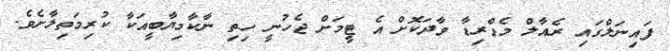
ފައިނަލްގައި ރެއާލް މެޑްރިޑާ ވާދަކޮށް އެ ޓީމަށް ޖެހުނީ ހިތި ނާކާމިޔާބީއަކާ ކުރިމަތިލާށެވެ.